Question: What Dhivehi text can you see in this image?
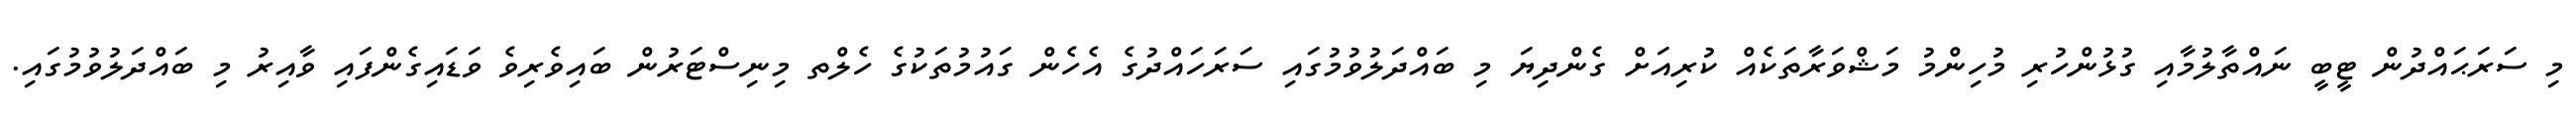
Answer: މި ސަރަޙައްދުން ޓީބީ ނައްތާލުމާއި ގުޅުންހުރި މުހިންމު މަޝްވަރާތަކެއް ކުރިއަށް ގެންދިޔަ މި ބައްދަލުވުމުގައި ސަރަހައްދުގެ އެހެން ގައުމުތަކުގެ ހެލްތ މިނިސްޓަރުން ބައިވެރިވެ ވަޑައިގެންފައި ވާއިރު މި ބައްދަލުވުމުގައި.